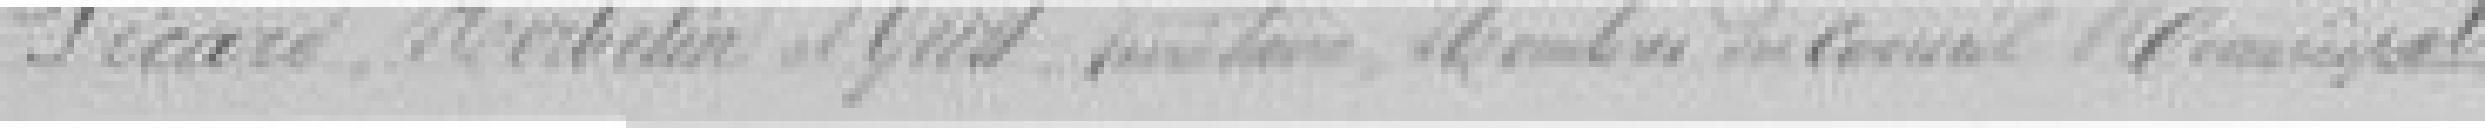
PICARD, HERBELIN et ?   ??, membre du Conseil Municipal.